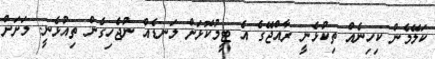
ކަލޭމެން ކިހިނެއް ތިކުޅެނީ ރާއްޖޭގެ އެ ޓީމުކޮޅަށް ލަނޑެއް ނުޖެހިގެން ތިއުޅެނީ. މަށަށް